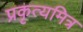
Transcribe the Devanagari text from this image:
प्रकृत्यमित्र